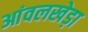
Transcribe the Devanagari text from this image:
आंवलखेड़ा